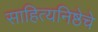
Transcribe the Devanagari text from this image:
साहित्यनिष्ठेचे